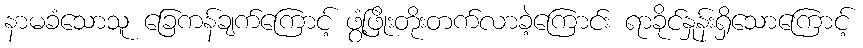
နာမခံသောသူ ခြေကန်ချက်ကြောင့် ဖွံ့ဖြိုးတိုးတက်လာခဲ့ကြောင်း ရာခိုင်နှုန်းရှိသောကြောင့်